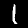
Digit: 1